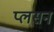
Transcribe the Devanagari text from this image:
प्लसनं